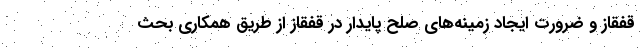
قفقاز و ضرورت ایجاد زمینه‌های صلح پایدار در قفقاز از طریق همکاری بحث